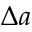
\Delta a